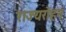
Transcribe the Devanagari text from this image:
राज्यरोहन